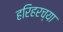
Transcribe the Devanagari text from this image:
हरिहरच्या